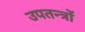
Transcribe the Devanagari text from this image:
उपतन्त्रों